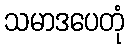
သမာဒပေတုံ